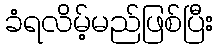
ခံရလိမ့်မည်ဖြစ်ပြီး